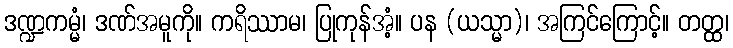
ဒဏ္ဍကမ္မံ၊ ဒဏ်အမူကို။ ကရိဿာမ၊ ပြုကုန်အံ့။ ပန (ယသ္မာ)၊ အကြင်ကြောင့်။ တတ္ထ၊